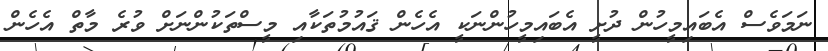
ނަމަވެސް އެބައިމީހުން ދުށީ އެބައިމީހުންނަކީ އެހެން ޤައުމުތަކާއި މީސްތަކުންނަށް ވުރެ މާތް އެހެން